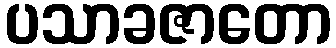
ပသာခဇာတော